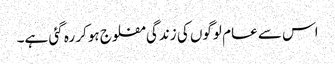
اس سے عام لوگوں کی زندگی مفلوج ہوکر رہ گئی ہے۔